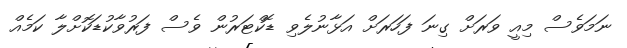
ނަމަވެސް މިއީ ވަރަށް ގިނަ ފަހަރަށް އަޅާނުލެވި ޑޮކްޓަރުން ވެސް ފަރުވާކުޑަކޮށްލާ ކަމެއް